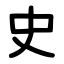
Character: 史